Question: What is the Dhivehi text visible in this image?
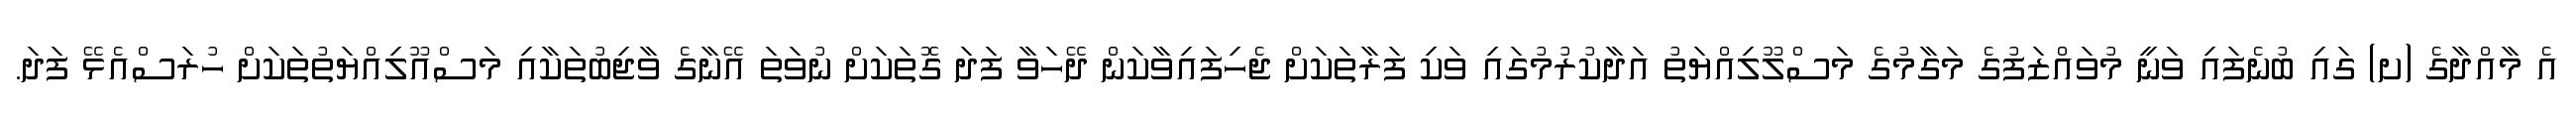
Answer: އެ މާއްދާގެ (ށ) ގައި ބުނެފައި ވަނީ މުވައްޒަފުގެ މަގާމުގެ މަސްލޫލިއްޔަތު އަދާކުރުމުގައި ވަކި ފަރާތަކަށް ޖެހިފައިވާކަން ދޭހަވާ ފަދަ ގޮތަކަށް ނުވަތަ އޭނާގެ ވާޖިބުތަކާއި މަސްއޫލިއްޔަތުތަކަށް ހުރަސްއެޅޭ ފަދަ.